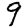
Digit: 9